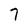
Character: 7